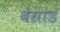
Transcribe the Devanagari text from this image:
बेग्रांड